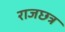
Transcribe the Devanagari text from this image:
राजछत्र